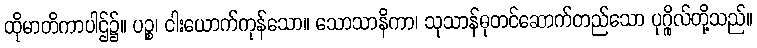
ထိုမာတိကာပါဌ်၌။ ပဉ္စ၊ ငါးယောက်ကုန်သော။ သောသာနိကာ၊ သုသာန်ဓုတင်ဆောက်တည်သော ပုဂ္ဂိုလ်တို့သည်။